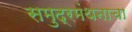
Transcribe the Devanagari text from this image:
समुद्रमंथनाचा